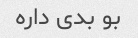
بو بدی داره